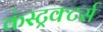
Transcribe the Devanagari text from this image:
कंस्ट्रक्टर्स